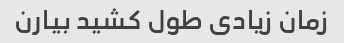
زمان زیادی طول کشید بیارن